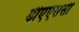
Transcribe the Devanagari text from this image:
डीएएससी